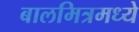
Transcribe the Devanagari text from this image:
बालमित्रमध्ये